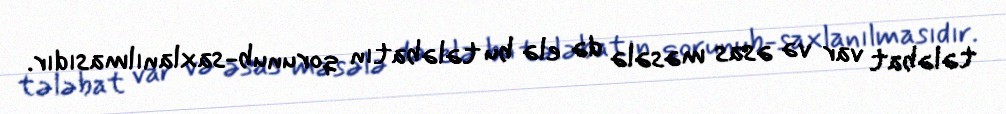
tələbat var və əsas məsələ də elə bu tələbatın qorunub-saxlanılmasıdır.